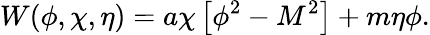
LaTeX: W(\phi,\chi,\eta)=a\chi\left[\phi^{2}-M^{2}\right]+m\eta\phi.